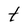
Character: t